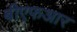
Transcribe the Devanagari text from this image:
बीएफआर